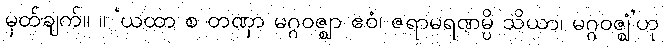
မှတ်ချက်။ ။ ‘ယထာ စ တဏှာ မဂ္ဂဝဇ္ဈာ ဧဝံ၊ ဇရာမရဏမ္ပိ သိယာ၊ မဂ္ဂဝဇ္ဈံ’ဟု